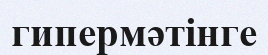
гипермәтінге